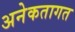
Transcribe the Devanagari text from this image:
अनेकतागत